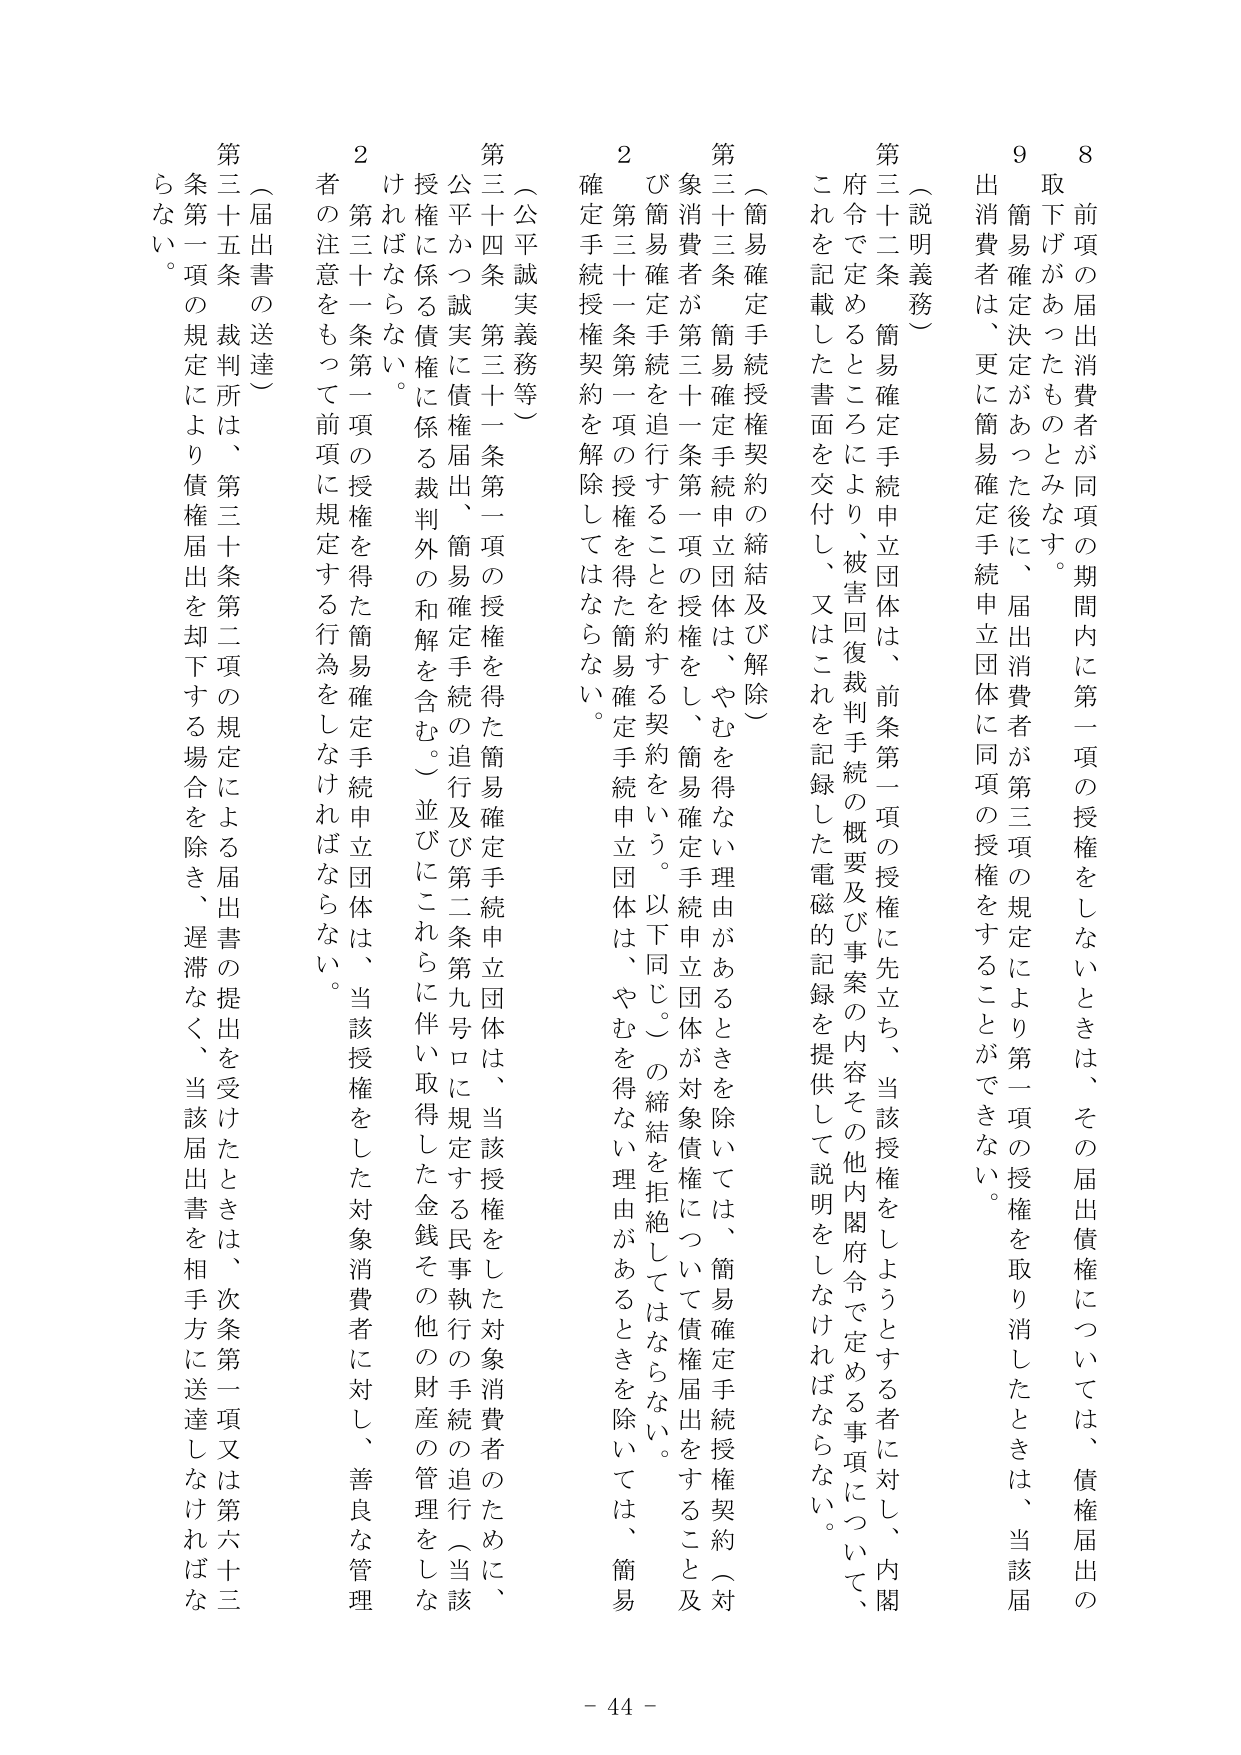
8 前項の届出消費者が同項の期間内に第一項の授権をしないときは、その届出債権については、債権届出の
取下げがあったものとみなす。
9 簡易確定決定があった後に、届出消費者が第三項の規定により第一項の授権を取り消したときは、当該届
出消費者は、更に簡易確定手続申立団体に同項の授権をすることができない。
（説明義務）
第三十二条 簡易確定手続申立団体は、前条第一項の授権に先立ち、当該授権をしようとする者に対し、内閣
府令で定めるところにより、被害回復裁判手続の概要及び事案の内容その他内閣府令で定める事項について、
これを記載した書面を交付し、又はこれを記録した電磁的記録を提供して説明をしなければならない。
（簡易確定手続授権契約の締結及び解除）
第三十三条 簡易確定手続申立団体は、やむを得ない理由があるときを除いては、簡易確定手続授権契約（対
象消費者が第三十一条第一項の授権をし、簡易確定手続申立団体が対象債権について債権届出をすること及
び簡易確定手続を追行することを約する契約をいう。以下同じ。）の締結を拒絶してはならない。
2 第三十一条第一項の授権を得た簡易確定手続申立団体は、やむを得ない理由があるときを除いては、簡易
確定手続授権契約を解除してはならない。
（公平誠実義務等）
第三十四条 第三十一条第一項の授権を得た簡易確定手続申立団体は、当該授権をした対象消費者のために、
公平かつ誠実に債権届出、簡易確定手続の追行及び第二条第九号ロに規定する民事執行の手続の追行（当該
授権に係る債権に係る裁判外の和解を含む。）並びにこれらに伴い取得した金銭その他の財産の管理をしな
ければならない。
2 第三十一条第一項の授権を得た簡易確定手続申立団体は、当該授権をした対象消費者に対し、善良な管理
者の注意をもって前項に規定する行為をしなければならない。
（届出書の送達）
第三十五条 裁判所は、第三十条第二項の規定による届出書の提出を受けたときは、次条第一項又は第六十三
条第一項の規定により債権届出を却下する場合を除き、遅滞なく、当該届出書を相手方に送達しなければな
らない。
- 44 -